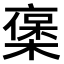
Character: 𠆅